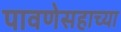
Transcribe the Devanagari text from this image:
पावणेसहाच्या